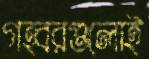
গহ্বরগুলোই